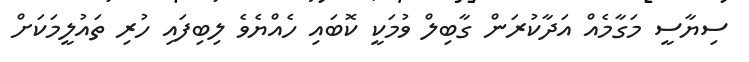
ސިޔާސީ މަގާމެއް އަދާކުރަން ގާބިލް ވުމަކީ ކޮބައި ހެއްޔެވެ ލިބިފައި ހުރި ތައުލީމަކަށް